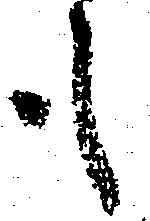
も